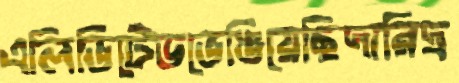
এলিভিটেডভেঙিয়েছিদারিদ্র